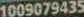
1009079435